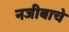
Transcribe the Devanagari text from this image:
नजीबाचे